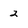
Character: 2